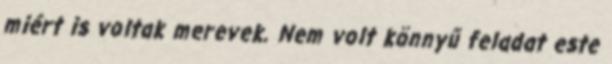
miért is voltak merevek. Nem volt könnyű feladat este